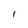
Character: I